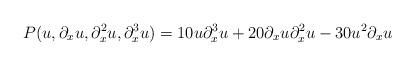
LaTeX: \begin{align*}P(u,\partial_xu, \partial_x^2 u, \partial_x^3 u)= 10 u\partial_x^3u+20 \partial_xu\partial_x^2u-30 u^2\partial_xu\end{align*}